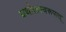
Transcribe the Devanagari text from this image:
यथोक्तस्वरूपात्‌